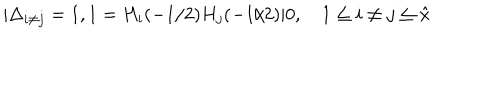
| \Delta _ { i \ne j } = 1 , 1 = H _ { i } ( - 1 / 2 ) H _ { j } ( - 1 / 2 ) | 0 , \quad 1 \le i \ne j \le { \hat { x } }